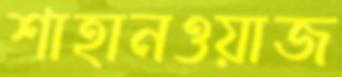
শাহানওয়াজ